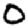
Digit: 0